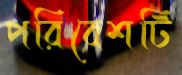
পরিবেশটি